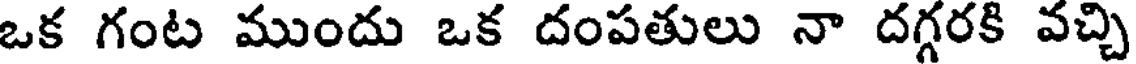
ఒక గంట ముందు ఒక దంపతులు నా దగ్గరకి వచ్చి